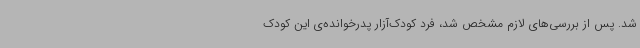
شد. پس از بررسی‌های لازم مشخص شد، فرد کودک‌آزار پدرخوانده‌ی این کودک